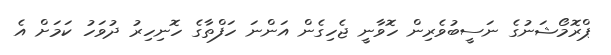
ޕްރޮމޯޝަނުގެ ނަސީބުވެރިން ހޮވާނީ ޖެހިގެން އަންނަ ހަފްތާގެ ހޮނިހިރު ދުވަހު ކަމަށް އެ